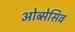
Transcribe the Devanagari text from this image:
ओब्सेसिव